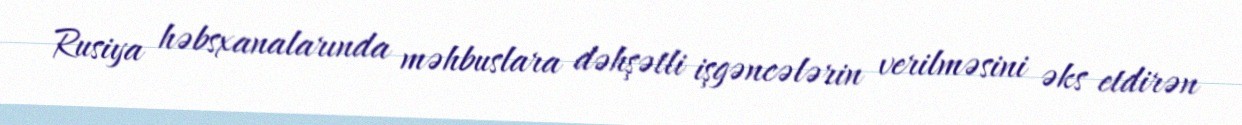
Rusiya həbsxanalarında məhbuslara dəhşətli işgəncələrin verilməsini əks etdirən